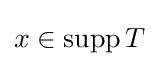
x\in \operatorname {supp} T